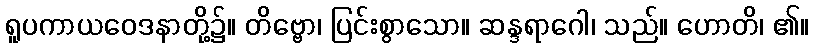
ရူပကာယဝေဒနာတို့၌။ တိဗ္ဗော၊ ပြင်းစွာသော။ ဆန္ဒရာဂေါ၊ သည်။ ဟောတိ၊ ၏။